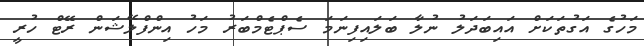
މަހުގެ އަގުތަކަށް އައިބަދަލު ނުލާ ބަލައިފިނަމަ ސެޕްޓެމްބަރު މަހު އިންފްލޭޝަން ރޭޓް ހުރީ